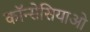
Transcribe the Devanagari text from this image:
कॉन्सेसियाओ